Indian journal of veterinary science and animal husbandry - Volumes 15-17, 1948-1951
Year: 1948
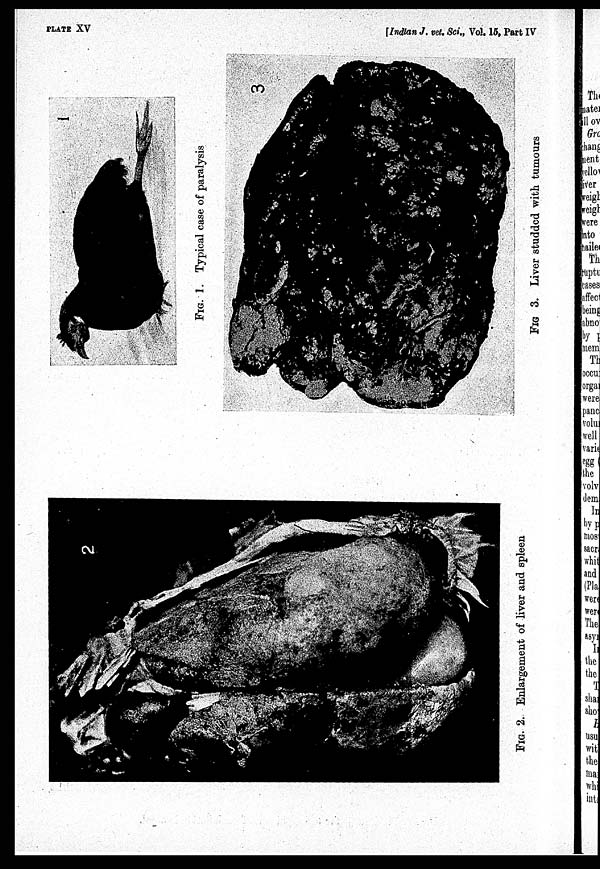
PLATE XV
[Indian J. vet. Sci., Vol. 15, Part IV
FIG. 1. Typical case of paralysis
FIG. 2. Enlargement of liver and spleen
FIG. 3. Liver studded with tumours